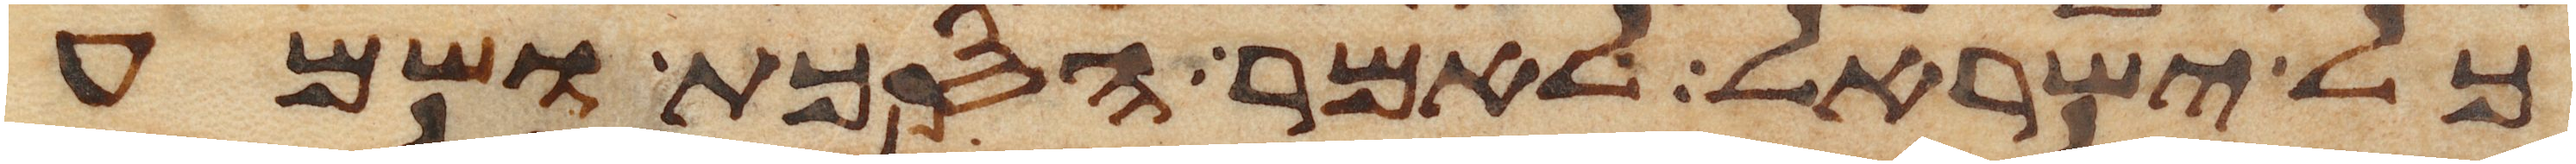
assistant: כל ישראל לאמר הסכת ושמע